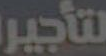
لتأجير